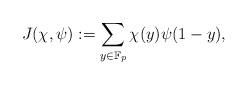
LaTeX: \begin{align*}J(\chi,\psi):=\sum_{y\in\mathbb{F}_p}\chi(y)\psi(1-y),\end{align*}